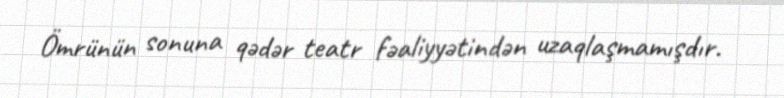
Ömrünün sonuna qədər teatr fəaliyyətindən uzaqlaşmamışdır.